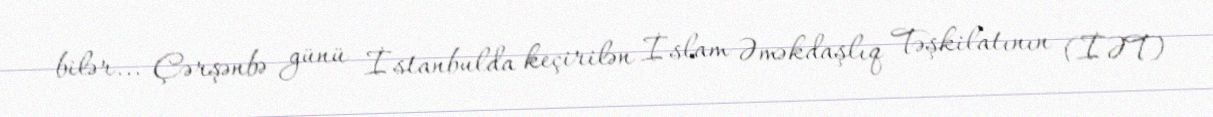
bilər... Çərşənbə günü İstanbulda keçirilən İslam Əməkdaşlıq Təşkilatının (İƏT)